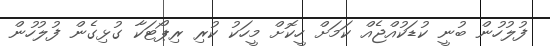
ފުލުހުން ބުނީ ކުޑަކުއްޖެއް ކަމަށް ހީކޮށް މީހަކު ކުރި ރިޕޯޓަކާ ގުޅިގެން ފުލުހުން